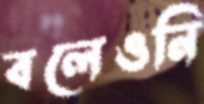
বলেওনি